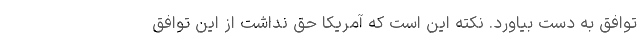
توافق به دست بیاورد. نکته این است که آمریکا حق نداشت از این توافق